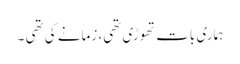
ہماری بات تھوڑی تھی، زمانے کی تھی ۔